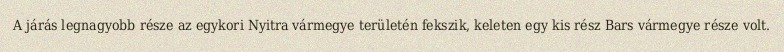
A járás legnagyobb része az egykori Nyitra vármegye területén fekszik, keleten egy kis rész Bars vármegye része volt.